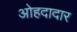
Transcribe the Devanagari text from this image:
ओहदादार